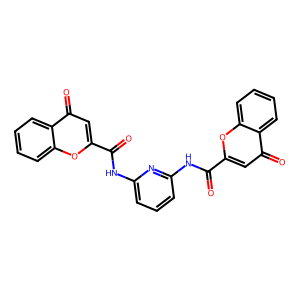
SMILES: O=C(Nc1cccc(NC(=O)c2cc(=O)c3ccccc3o2)n1)c1cc(=O)c2ccccc2o1
Inhibits HIV replication: No